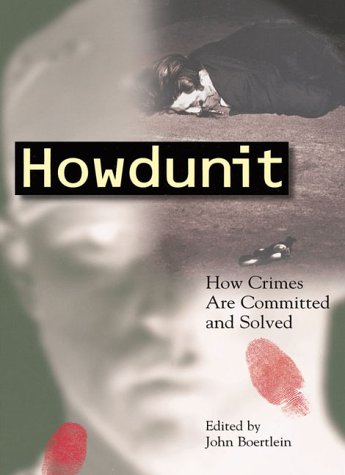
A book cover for Howdunit: How Crimes Are Committed and Solved; Mystery, Thriller & Suspense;